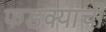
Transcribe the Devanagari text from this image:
फडक्यांची